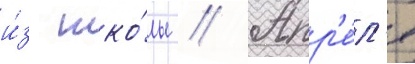
и́з шко́лы // Апр'е́л'я